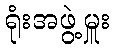
ရုံးအဖွဲ့မှူး